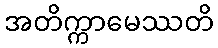
အတိက္ကာမေဿတိ